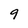
Character: 9